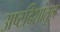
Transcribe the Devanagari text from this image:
अष्टदिशांतून